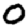
Digit: 0